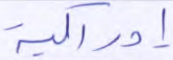
إدراكية